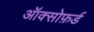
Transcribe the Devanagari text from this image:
ऑक्सोफ़र्ड